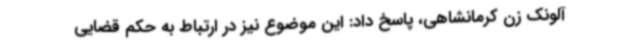
آلونک زن کرمانشاهی، پاسخ داد: این موضوع نیز در ارتباط به حکم قضایی